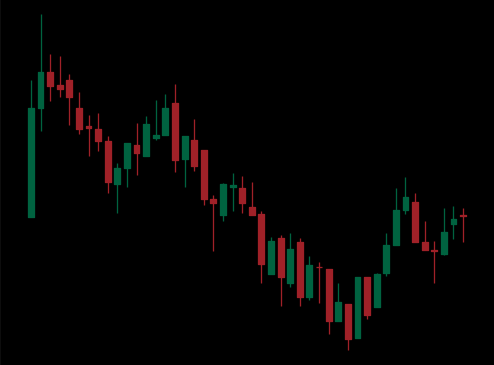
Pattern: bull_flag